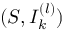
( S , I _ { k } ^ { ( l ) } )